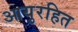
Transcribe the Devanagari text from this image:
आयुरहित